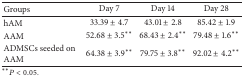
| Groups | Day 7 | Day 14 | Day 28 |
 | --- | --- | --- | --- |
 | hAM | 33.39 ± 4.7 | 43.01 ± 2.8 | 85.42 ± 1.9 |
 | AAM | 52.68 ± 3.5∗∗ | 68.43 ± 2.4∗∗ | 79.48 ± 1.6∗∗ |
 | ADMSCs seeded on AAM | 64.38 ± 3.9∗∗ | 79.75 ± 3.8∗∗ | 92.02 ± 4.2∗∗ |